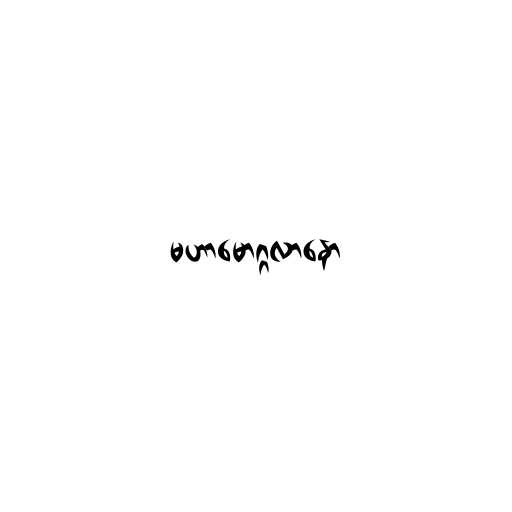
မဟာမောဂ္ဂလာနော